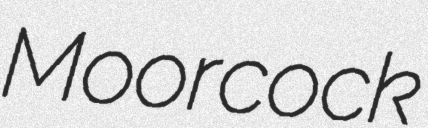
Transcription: Moorcock